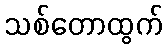
သစ်တောထွက်